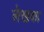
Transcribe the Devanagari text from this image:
लेखका